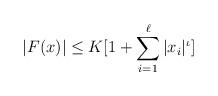
LaTeX: \begin{align*}|F(x)|\leq K[1+\sum_{i=1}^\ell|x_i|^\iota]\end{align*}